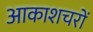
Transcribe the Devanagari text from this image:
आकाशचरों